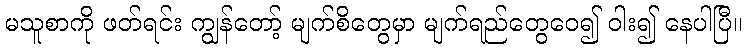
မသူစာကို ဖတ်ရင်း ကျွန်တော့် မျက်စိတွေမှာ မျက်ရည်တွေဝေ၍ ဝါး၍ နေပါပြီ။